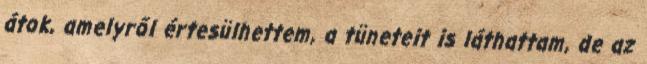
átok, amelyről értesülhettem, a tüneteit is láthattam, de az